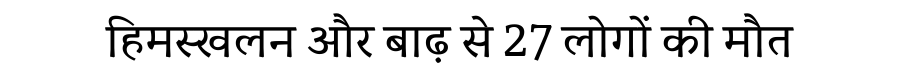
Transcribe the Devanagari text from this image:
हिमस्खलन और बाढ़ से 27 लोगों की मौत